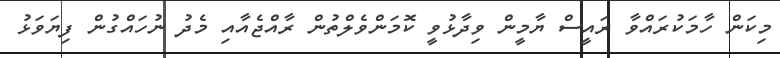
މިކަން ހާމަކުރައްވާ ރައީސް ޔާމީން ވިދާޅުވީ ކޮމަންވެލްތުން ރާއްޖެއާއި މެދު ނުހައްގުން ފިޔަވަޅު